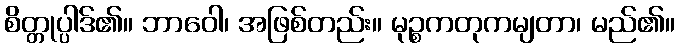
စိတ္တုပ္ပါဒ်၏။ ဘာဝေါ၊ အဖြစ်တည်း။ မုဉ္စကတုကမျတာ၊ မည်၏။